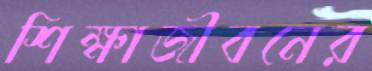
শিক্ষাজীবনের